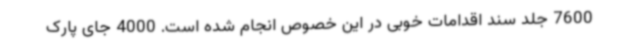
7600 جلد سند اقدامات خوبی در این خصوص انجام شده است. 4000 جای پارک